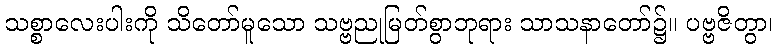
သစ္စာလေးပါးကို သိတော်မူသော သဗ္ဗညုမြတ်စွာဘုရား သာသနာတော်၌။ ပဗ္ဗဇိတွာ၊